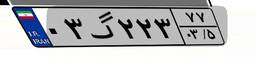
۰۹گ۶۳۸۵۷